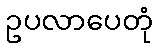
ဥပလာပေတုံ